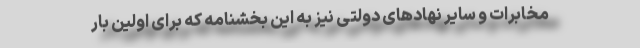
مخابرات و سایر نهادهای دولتی نیز به این بخشنامه‌ که برای اولین بار